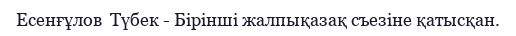
Есенғұлов  Түбек - Бірінші жалпықазақ съезіне қатысқан.